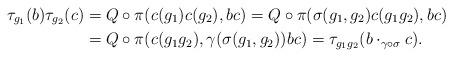
LaTeX: \begin{align*}\tau_{g_1}(b)\tau_{g_2}(c)&=Q\circ\pi(c(g_1)c(g_2),bc)=Q\circ\pi(\sigma(g_1,g_2)c(g_1g_2),bc)\\&=Q\circ\pi(c(g_1g_2),\gamma(\sigma(g_1,g_2))bc)=\tau_{g_1g_2}(b\cdot_{\gamma\circ\sigma}c).\end{align*}